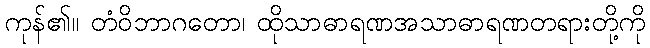
ကုန်၏။ တံဝိဘာဂတော၊ ထိုသာဓာရဏအသာဓာရဏတရားတို့ကို